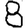
Digit: 8